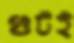
গুটই